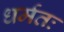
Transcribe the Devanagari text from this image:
धर्मतः